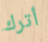
أترك